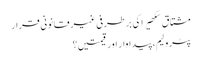
مشتاق سکھیرا کی برطرفی غیر قانونی قرار
پٹرولیم، پیداوار اور قیمتیں؟